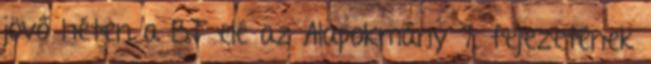
jövő héten a BT elé az Alapokmány 7. fejezetének